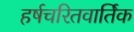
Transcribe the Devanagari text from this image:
हर्षचरितवार्तिक